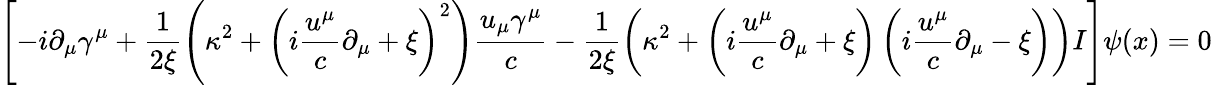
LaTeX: \left[-i\partial_{\mu}\gamma^{\mu}+\frac{1}{2\xi}\left(\kappa^{2}+\left(i\frac{u^{\mu}}{c}\partial_{\mu}+\xi\right)^{2}\right)\frac{u_{\mu}\gamma^{\mu}}{c}-\frac{1}{2\xi}\left(\kappa^{2}+\left(i\frac{u^{\mu}}{c}\partial_{\mu}+\xi\right)\left(i\frac{u^{\mu}}{c}\partial_{\mu}-\xi\right)\right)I\right]\psi(x)=0